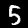
Digit: 5